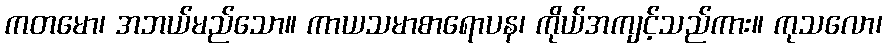
ကတမော၊ အဘယ်မည်သော။ ကာယသမာစာရောပန၊ ကိုယ်အကျင့်သည်ကား။ ကုသလော၊